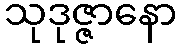
သုဒုဇ္ဇာနော